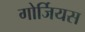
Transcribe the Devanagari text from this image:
गोर्जियस